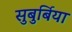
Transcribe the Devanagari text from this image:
सुबुर्बिया